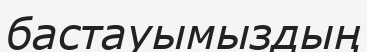
бастауымыздың